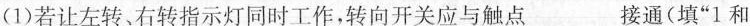
(1)若让左转、右转指示灯同时工作，转向开关应与触点___接通(填”1和